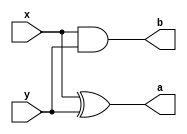
module hadder(x,y,a,b);
input x,y;
output a,b;
xor g1(a,x,y);
and g2(b,x,y);
endmodule